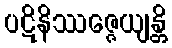
ပဋိနိဿဇ္ဇေယျန္တိ